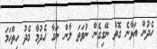
ހެދުން އަޅާނެ ގޮތް ނޭގިގެން ނުވަތަ ލާން ނަގާ ހެދުމާ މެދު ހިތްހަމަ